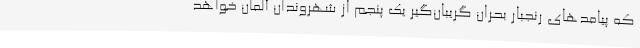
که پیامدهای رنجبار بحران گریبان‌گیر یک پنجم از شهروندان آلمان خواهد